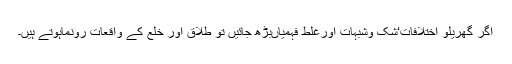
اگر گھریلو اختلافات‘شک وشبہات اورغلط فہمیاںبڑھ جائیں تو طلاق اور خلع کے واقعات رونماہوتے ہیں۔